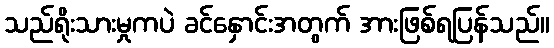
သည်ရိုးသားမှုကပဲ ခင်နှောင်းအတွက် အားဖြစ်ရပြန်သည်။